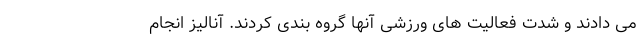
می دادند و شدت فعالیت های ورزشی آنها گروه بندی کردند. آنالیز انجام